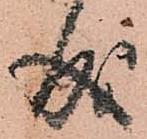
成